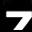
Digit: 7